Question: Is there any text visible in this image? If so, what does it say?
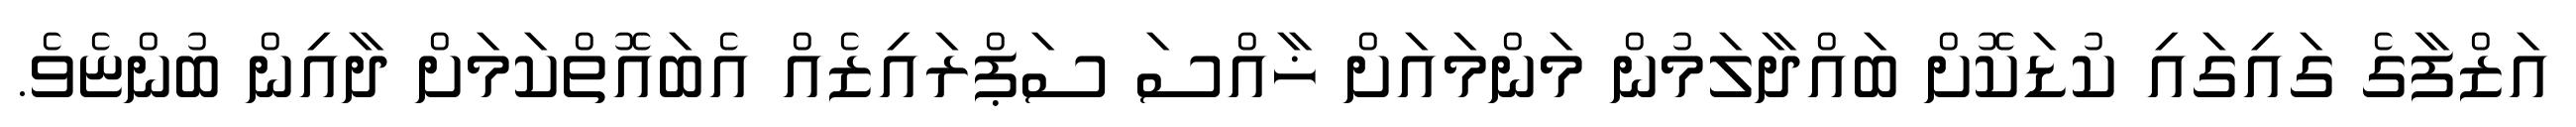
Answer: އަޒްފާގެ ގައިގައި ކުޑަކޮށް ބައްދާލަމުން މަންމައަށް ޚާއްސަ ސަޕްރައިޒެއް އެބައޮތްކަމަށް ދާއިން ބުންޏެވެ.